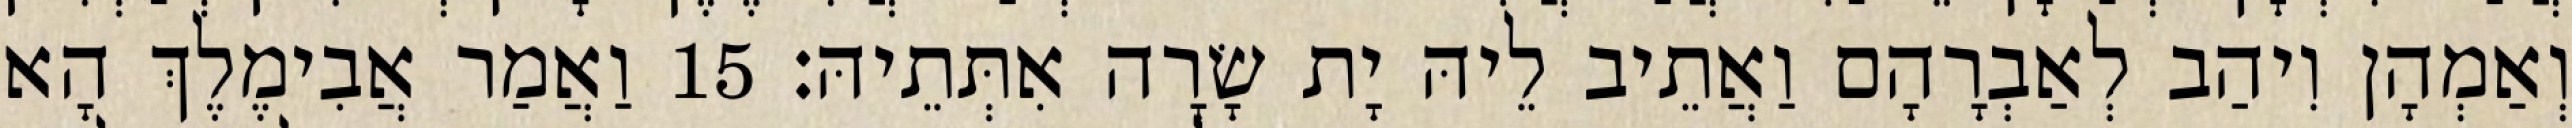
וְאַמְהָן וִיהַב לְאַבְרָהָם וַאֲתֵיב לֵיהּ יָת שָׂרָה אִתְּתֵיהּ׃ 15 וַאֲמַר אֲבִימֶלֶךְ הָא